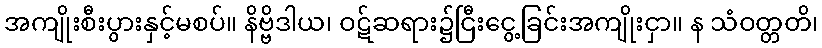
အကျိုးစီးပွားနှင့်မစပ်။ နိဗ္ဗိဒါယ၊ ဝဋ်ဆရား၌ငြီးငွေ့ခြင်းအကျိုးငှာ။ န သံဝတ္တတိ၊